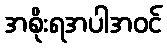
အစိုးရအပါအဝင်